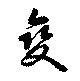
変